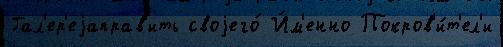
Гал'ер'еjаправ'ить своjего́ И́м'енно Покров'и́т'ел'и